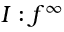
I : f ^ { \infty }